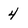
Character: 4